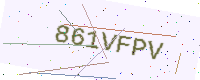
Text: 861VFPV